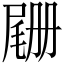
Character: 𫵡